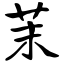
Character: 茉